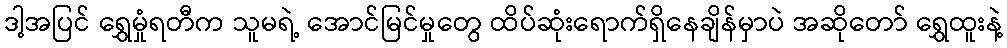
ဒါ့အပြင် ရွှေမှုံရတီက သူမရဲ့ အောင်မြင်မှုတွေ ထိပ်ဆုံးရောက်ရှိနေချိန်မှာပဲ အဆိုတော် ရွှေထူးနဲ့